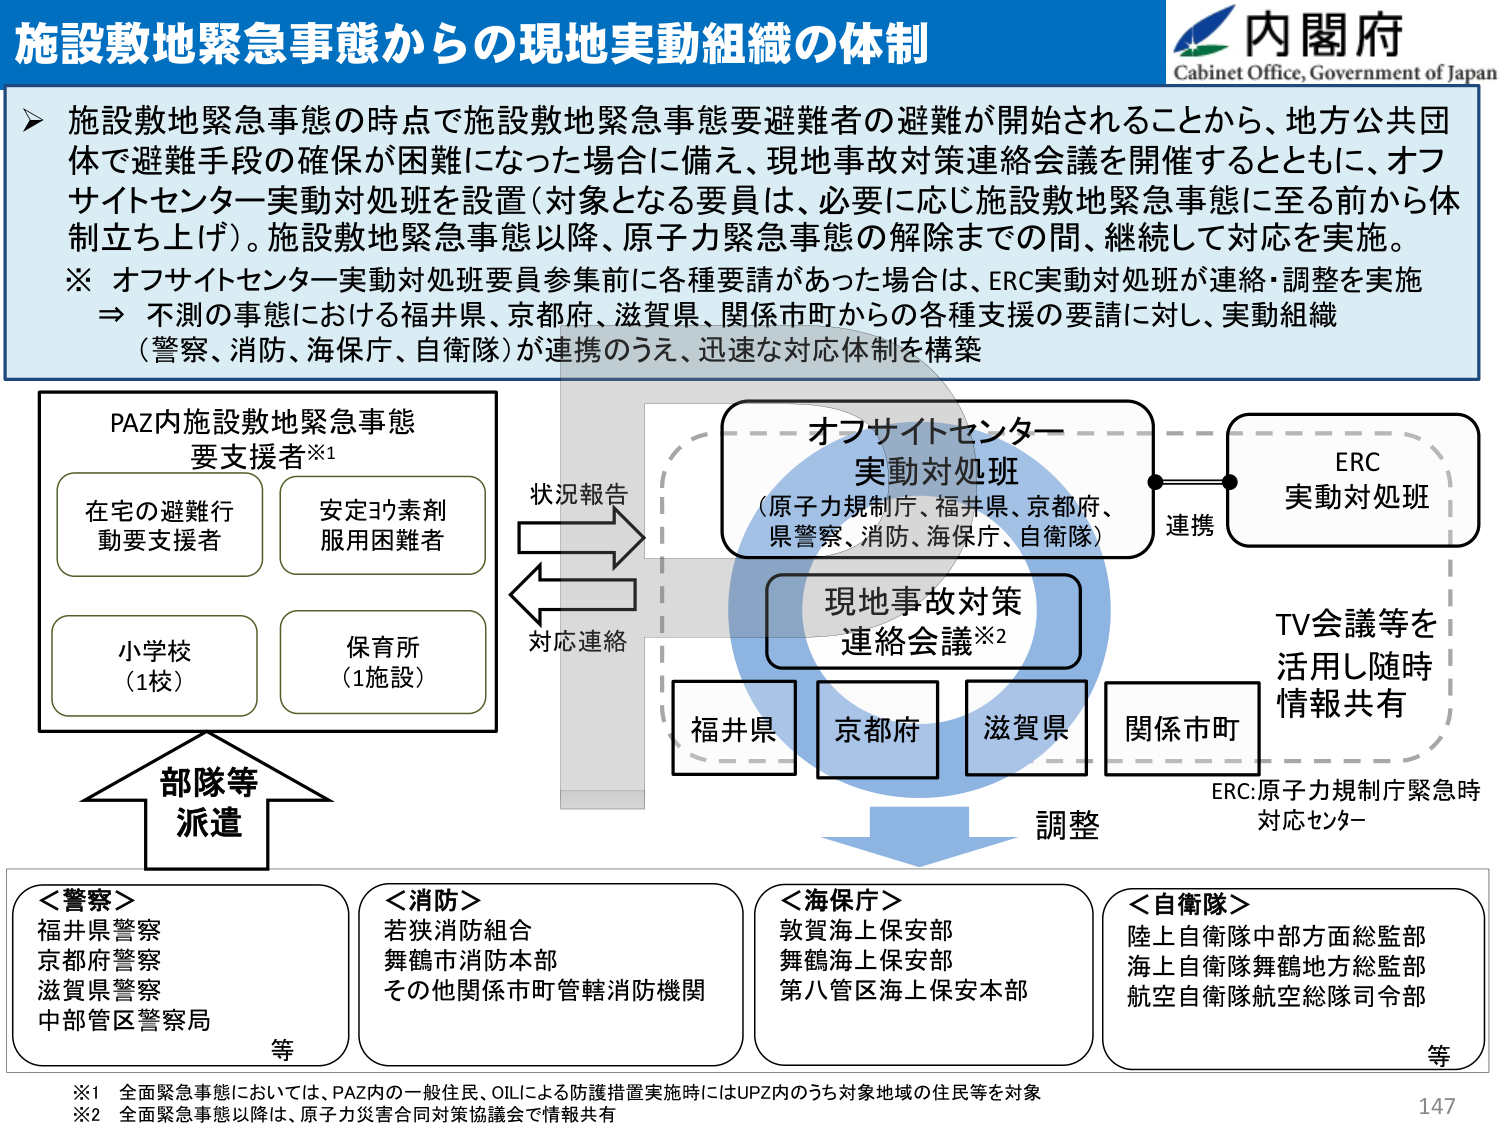
施設敷地緊急事態からの現地実動組織の体制

内閣府
Cabinet Office, Government of Japan

▶ 施設敷地緊急事態の時点で施設敷地緊急事態要避難者の避難が開始されることから、地方公共団体で避難手段の確保が困難になった場合に備え、現地事故対策連絡会議を開催するとともに、オフサイトセンター実動対処班を設置（対象となる要員は、必要に応じ施設敷地緊急事態に至る前から体制立ち上げ）。施設敷地緊急事態以降、原子力緊急事態の解除までの間、継続して対応を実施。

※ オフサイトセンター実動対処班要員参集前に各種要請があった場合は、ERC実動対処班が連携・調整を実施
→ 不測の事態における福井県、京都府、滋賀県、関係市町からの各種支援の要請に対し、実動組織（警察、消防、海保庁、自衛隊）が連携のうえ、迅速な対応体制を構築

PAZ内施設敷地緊急事態
要支援者※1
在宅の避難行動要支援者
安定ヨウ素剤服用困難者
小学校（1校）
保育所（1施設）

状況報告
対応連絡

オフサイトセンター
実動対処班
（原子力規制庁、福井県、京都府、
県警察、消防、海保庁、自衛隊）

ERC
実動対処班

連携

現地事故対策
連絡会議※2

TV会議等を
活用し随時
情報共有

福井県
京都府
滋賀県
関係市町

調整

ERC:原子力規制庁緊急時
対応センター

部隊等
派遣

＜警察＞
福井県警察
京都府警察
滋賀県警察
中部管区警察局
等

＜消防＞
若狭消防組合
舞鶴市消防本部
その他関係市町管轄消防機関

＜海保庁＞
敦賀海上保安部
舞鶴海上保安部
第八管区海上保安本部

＜自衛隊＞
陸上自衛隊中部方面総監部
海上自衛隊舞鶴地方総監部
航空自衛隊航空総隊司令部
等

※1 全面緊急事態においては、PAZ内の一般住民、OILによる防護措置実施時にはUPZ内のうち対象地域の住民等を対象
※2 全面緊急事態以降は、原子力災害合同対策協議会で情報共有

147